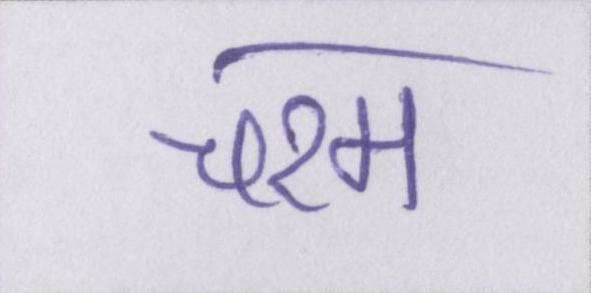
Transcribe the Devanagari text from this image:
चरम